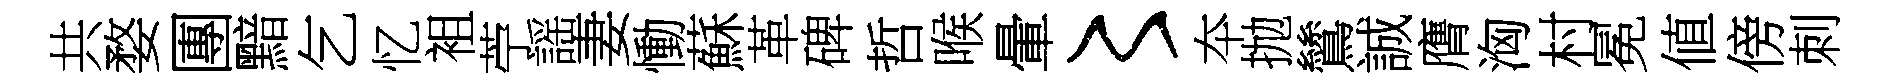
共婺團黯乞忆袓苧謡妻慟蘇革碑哲喉暈〻夲抛鷥誠膺洶村冕値傍刺